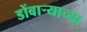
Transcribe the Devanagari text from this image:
डोंबार्‍याच्या